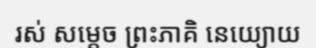
រស់ សម្តេច ព្រះភាគិ នេយ្យោយ